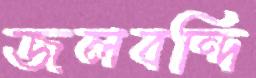
জলবন্দি